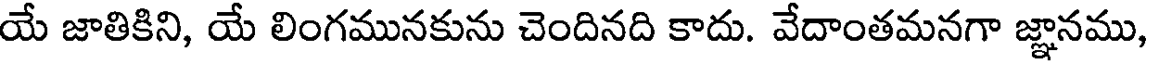
యే జాతికిని, యే లింగమునకును చెందినది కాదు. వేదాంతమనగా జ్ఞానము,